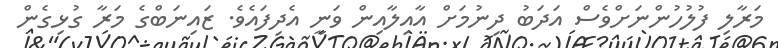
މަރާލި ފުލުހުންނަށްވެސް އަދަބު ދިނުމަށް އާއިލާއިން ވަނީ އެދިފައެވެ. ޒައިނަބްގެ މަރާ ގުޅިގެން